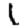
Digit: 1